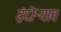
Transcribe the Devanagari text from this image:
इंदोऱ्यात